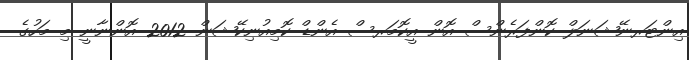
އިންޓަރނޭޝަނަލް ކޮންފަރެންސް އޮން އީކޮމަރސް އެންޑް ކޮމިއުނިކޭޝަން 2012 އޮންނާނީ މި މަހުގެ